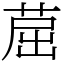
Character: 䓛